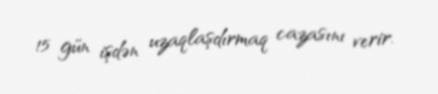
15 gün işdən uzaqlaşdırmaq cazasını verir.